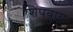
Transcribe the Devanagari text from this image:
शिपबाय